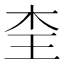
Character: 𭩜